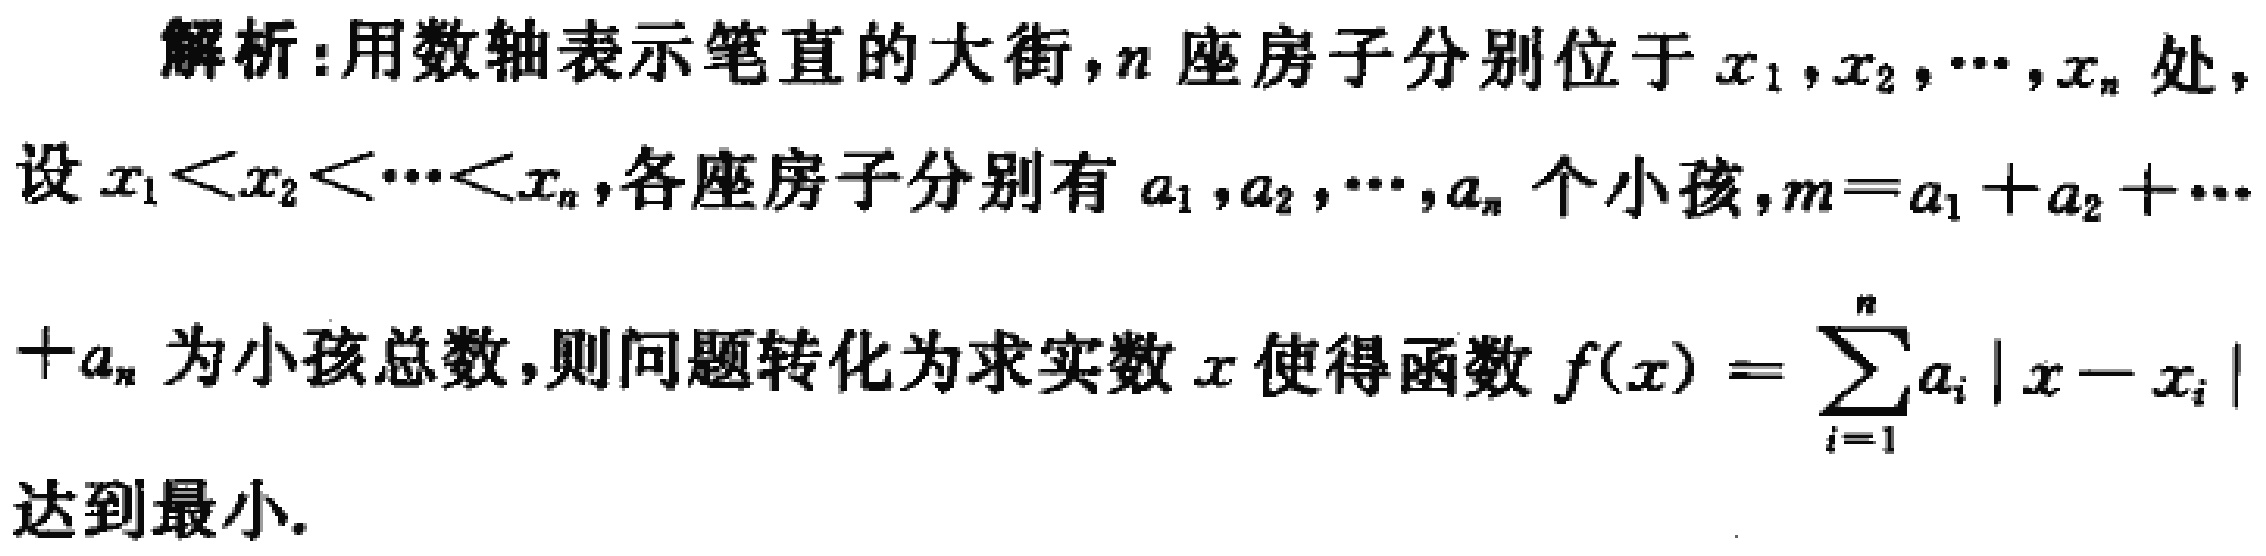
解析：用数轴表示笔直的大街，\(n\)座房子分别位于\(x_1,x_2,\cdots,x_n\)处，设\(x_1 < x_2 < \cdots < x_n\)，各座房子分别有\(a_1,a_2,\cdots,a_n\)个小孩，\(m = a_1 + a_2 + \cdots + a_n\)为小孩总数，则问题转化为求实数\(x\)使得函数\(f(x)=\sum_{i = 1}^{n}a_i|x - x_i|\)达到最小。